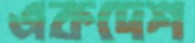
একদেশ